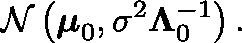
{ \mathcal { N } } \left( { \boldsymbol { \mu } } _ { 0 } , \sigma ^ { 2 } \mathbf { \Lambda } _ { 0 } ^ { - 1 } \right) .